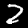
Digit: 2